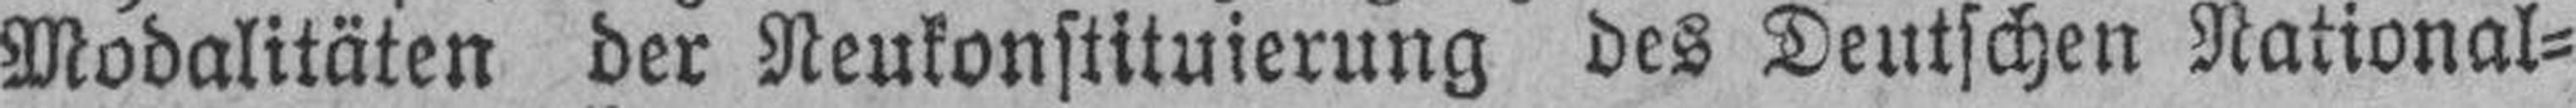
Modalitäten der Neukonstituierung des Deutschen National¬